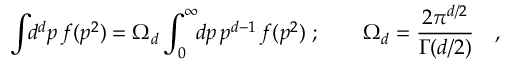
\int \! \! d ^ { d } p \, f ( p ^ { 2 } ) = \Omega _ { d } \int _ { 0 } ^ { \infty } \! \! d p \, p ^ { d - 1 } \, f ( p ^ { 2 } ) \; ; \qquad \Omega _ { d } = \frac { 2 \pi ^ { d / 2 } } { \Gamma ( d / 2 ) } \quad ,